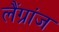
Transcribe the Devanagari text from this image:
लैंग्रांज